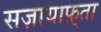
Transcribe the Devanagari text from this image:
सज़ायाफ़्ता